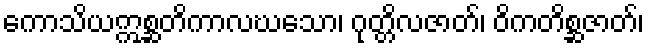
ကောသိယဣစ္ဆတိကာလဃသော၊ ဂုတ္တိလဇာတ်၊ ဝိကတိစ္ဆဇာတ်၊